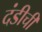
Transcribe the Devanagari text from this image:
दंडीची